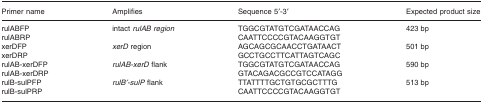
| Primer name | Amplifies | Sequence 5′-3′ | Expected product size |
 | --- | --- | --- | --- |
 | rulABFP | <ROWSPAN=2> intact rulAB region | TGGCGTATGTCGATAACCAG | <ROWSPAN=2> 423 bp |
 | rulABRP | CAATTCCCCGTACAAGGTGT |
 | xerDFP | <ROWSPAN=2> xerD region | AGCAGCGCAACCTGATAACT | <ROWSPAN=2> 501 bp |
 | xerDRP | GCCTGCCTTCATTAGTCAGC |
 | rulAB-xerDFP | <ROWSPAN=2> rulAB-xerD flank | TGGCGTATGTCGATAACCAG | <ROWSPAN=2> 590 bp |
 | rulAB-xerDRP | GTACAGACGCCGTCCATAGG |
 | rulB-sulPFP | <ROWSPAN=2> rulB′-sulP flank | TTATTTTGCTGTGCGCTTTG | <ROWSPAN=2> 513 bp |
 | rulB-sulPRP | CAATTCCCCGTACAAGGTGT |